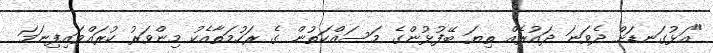
"އަޅުގަނޑަށް ދެވަނަ ދައުރެއް ތިޔަ ބޭފުޅުންގެ މަސައްކަތުން ގެ ރަހުމަތާއެކު މިންވަރު ކުރައްވައިފިނަމަ